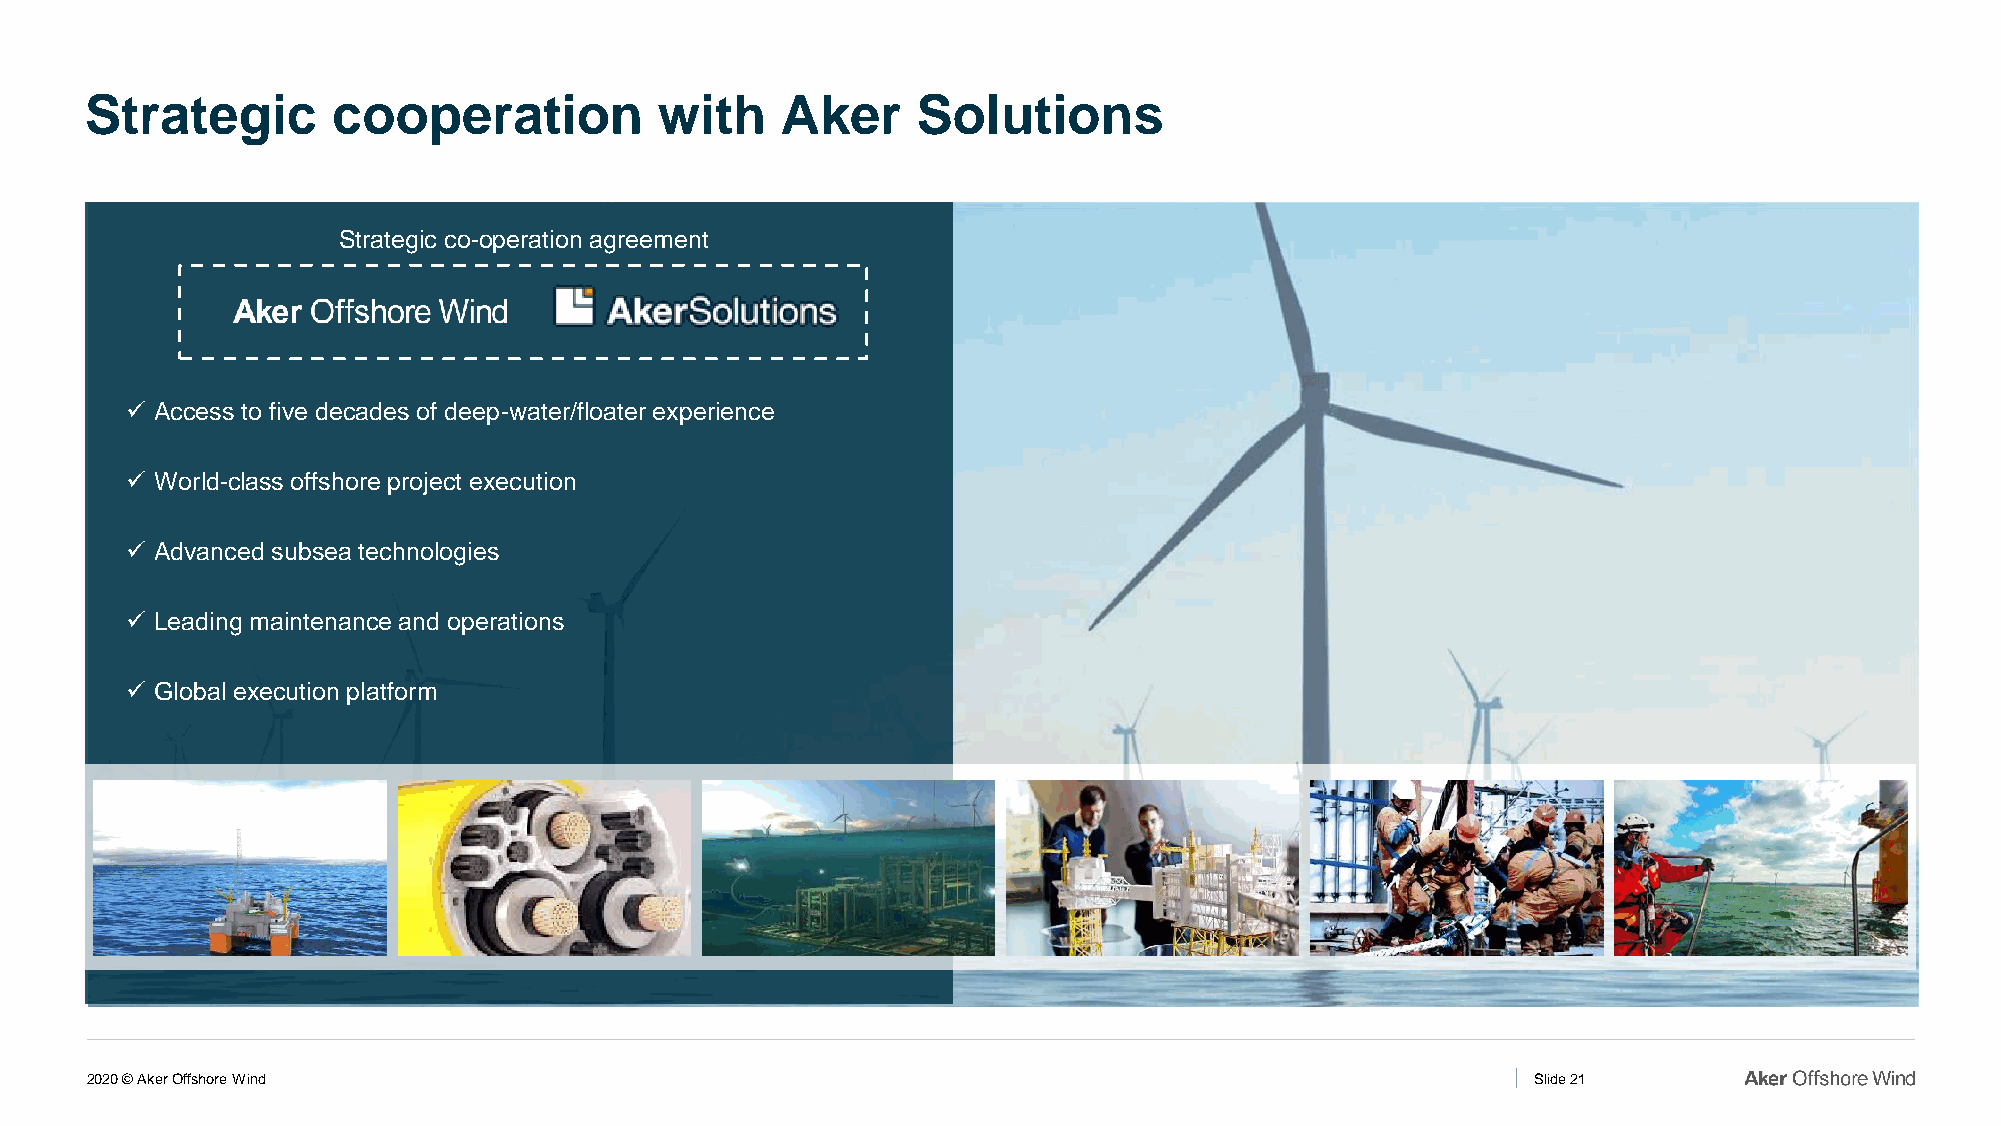
Strategic       cooperation           with    Aker     Solutions
 Strategic co-operation agreement
 ✓ Access to five decades of deep-water/floater experience
 ✓ World-class offshore project execution
 ✓ Advanced subsea technologies
 ✓ Leading maintenance and operations
 ✓ Global execution platform
 2020 © Aker Offshore Wind                                                                       Slide 21